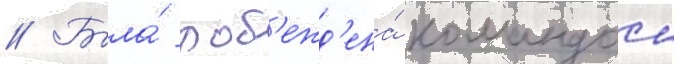
// Была́ поб'ежд'ена́ командои